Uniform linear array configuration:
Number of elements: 12
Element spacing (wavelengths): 1
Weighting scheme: uniform
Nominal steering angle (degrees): -60
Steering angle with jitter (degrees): -59.559
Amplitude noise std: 0.05
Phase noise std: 0.05

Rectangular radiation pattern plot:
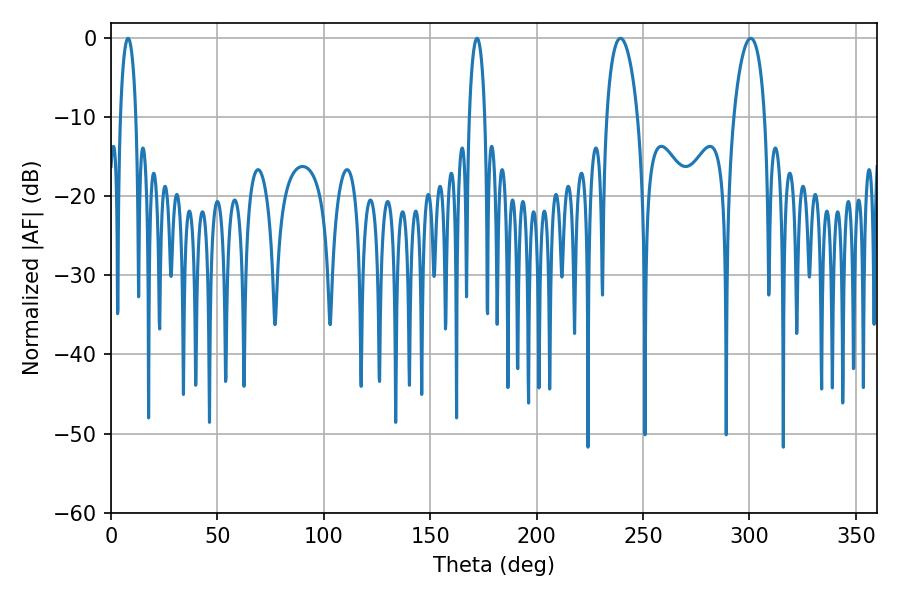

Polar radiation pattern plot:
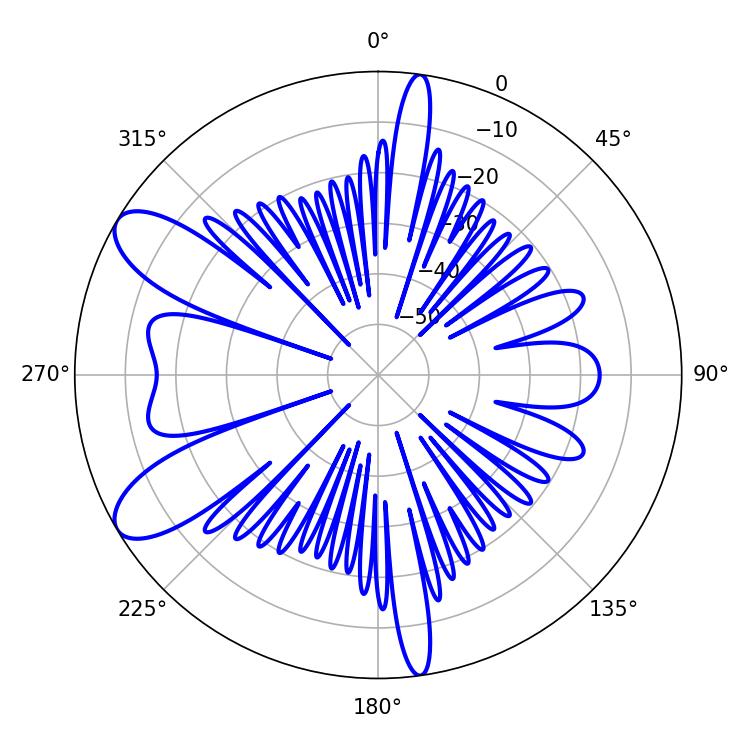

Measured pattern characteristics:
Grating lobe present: TRUE
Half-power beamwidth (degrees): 8.28
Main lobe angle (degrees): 239.4